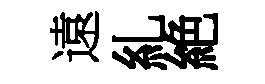
遠糺絶